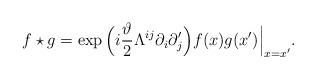
LaTeX: \begin{align*}f\star g=\exp\Big(i\frac{\vartheta}{2}\Lambda^{ij}\partial_{i}\partial'_{j}\Big)f(x)g(x')\Big\vert_{x=x'}.\end{align*}